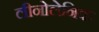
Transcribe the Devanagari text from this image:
लीनोलेनिक